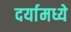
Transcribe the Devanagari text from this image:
दर्यामध्ये